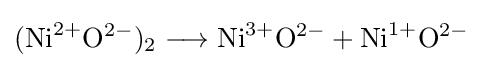
(\mathrm {Ni} ^{2+}\mathrm {O} ^{2-})_{2}\longrightarrow \mathrm {Ni} ^{3+}\mathrm {O} ^{2-}+\mathrm {Ni} ^{1+}\mathrm {O} ^{2-}